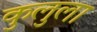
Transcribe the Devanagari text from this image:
कुलुला